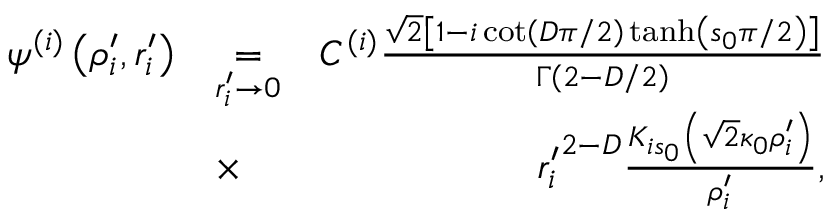
\begin{array} { r l r } { \psi ^ { ( i ) } \left( \rho _ { i } ^ { \prime } , r _ { i } ^ { \prime } \right) } & { \underset { r _ { i } ^ { \prime } \to 0 } { = } } & { C ^ { ( i ) } \frac { \sqrt { 2 } \left[ 1 - i \cot \left( D \pi / 2 \right) \operatorname { t a n h } \left( s _ { 0 } \pi / 2 \right) \right] } { \Gamma \left( 2 - D / 2 \right) } } \\ & { \times } & { \ { r _ { i } ^ { \prime } } ^ { 2 - D } \frac { K _ { i s _ { 0 } } \left( \sqrt { 2 } \kappa _ { 0 } \rho _ { i } ^ { \prime } \right) } { \rho _ { i } ^ { \prime } } , } \end{array}